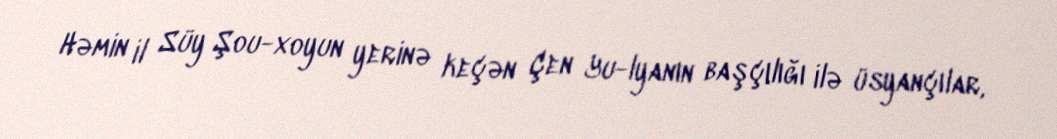
Həmin il Süy Şou-xoyun yerinə keçən Çen Yu-lyanın başçılığı ilə üsyançılar,